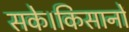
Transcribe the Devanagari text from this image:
सके।किसानों